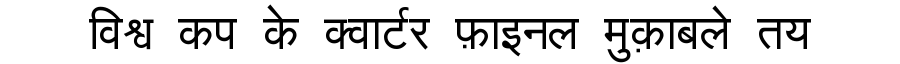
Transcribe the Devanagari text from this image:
विश्व कप के क्वार्टर फ़ाइनल मुक़ाबले तय